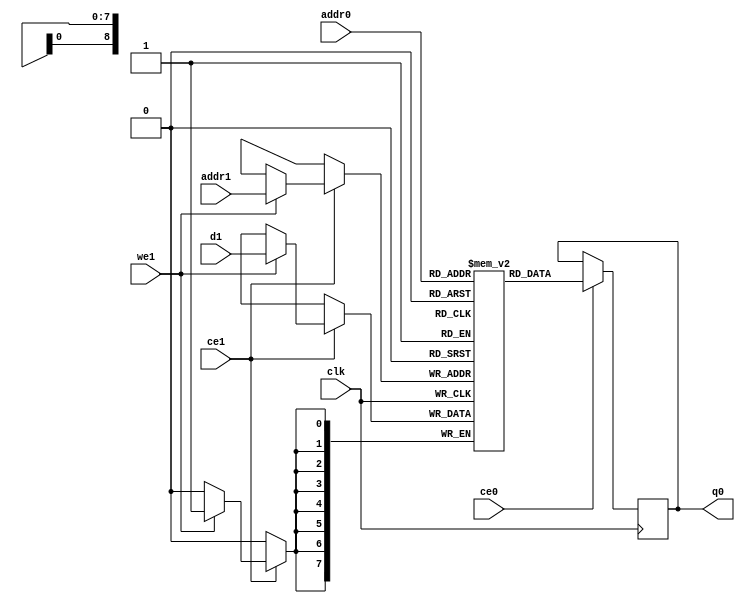
// ==============================================================
// File generated by Vivado(TM) HLS - High-Level Synthesis from C, C++ and SystemC
// Version: 2015.3
// Copyright (C) 2015 Xilinx Inc. All rights reserved.
// 
// ==============================================================

`timescale 1 ns / 1 ps
module hls_target_call_Loop_LB2D_buf_proc_buffer_0_value_V_ram (addr0, ce0, q0, addr1, ce1, d1, we1,  clk);

parameter DWIDTH = 8;
parameter AWIDTH = 9;
parameter MEM_SIZE = 488;

input[AWIDTH-1:0] addr0;
input ce0;
output reg[DWIDTH-1:0] q0;
input[AWIDTH-1:0] addr1;
input ce1;
input[DWIDTH-1:0] d1;
input we1;
input clk;

//(* ram_style = "block" *)
reg [DWIDTH-1:0] ram[MEM_SIZE-1:0] /*verilator public*/;




always @(posedge clk)  
begin 
    if (ce0) 
    begin
            q0 <= ram[addr0];
    end
end


always @(posedge clk)  
begin 
    if (ce1) 
    begin
        if (we1) 
        begin 
            ram[addr1] <= d1; 
        end 
    end
end


endmodule


`timescale 1 ns / 1 ps
module hls_target_call_Loop_LB2D_buf_proc_buffer_0_value_V(
    reset,
    clk,
    address0,
    ce0,
    q0,
    address1,
    ce1,
    we1,
    d1);

parameter DataWidth = 32'd8;
parameter AddressRange = 32'd488;
parameter AddressWidth = 32'd9;
input reset;
input clk;
input[AddressWidth - 1:0] address0;
input ce0;
output[DataWidth - 1:0] q0;
input[AddressWidth - 1:0] address1;
input ce1;
input we1;
input[DataWidth - 1:0] d1;



hls_target_call_Loop_LB2D_buf_proc_buffer_0_value_V_ram hls_target_call_Loop_LB2D_buf_proc_buffer_0_value_V_ram_U(
    .clk( clk ),
    .addr0( address0 ),
    .ce0( ce0 ),
    .q0( q0 ),
    .addr1( address1 ),
    .ce1( ce1 ),
    .d1( d1 ),
    .we1( we1 ));

endmodule